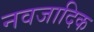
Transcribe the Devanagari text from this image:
नवजादिक